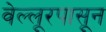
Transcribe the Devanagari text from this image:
वेल्लूरपासून